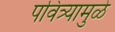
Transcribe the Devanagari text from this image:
पवित्र्यामुळे